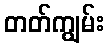
တတ်ကျွမ်း